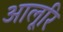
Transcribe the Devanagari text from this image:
आलूरि